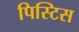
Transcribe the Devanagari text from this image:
पिस्टिस